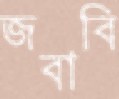
জবাবি